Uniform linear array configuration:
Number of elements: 24
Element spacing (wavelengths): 1
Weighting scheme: blackman
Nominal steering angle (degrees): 0
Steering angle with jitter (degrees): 1.96
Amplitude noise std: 0.05
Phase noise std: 0.05

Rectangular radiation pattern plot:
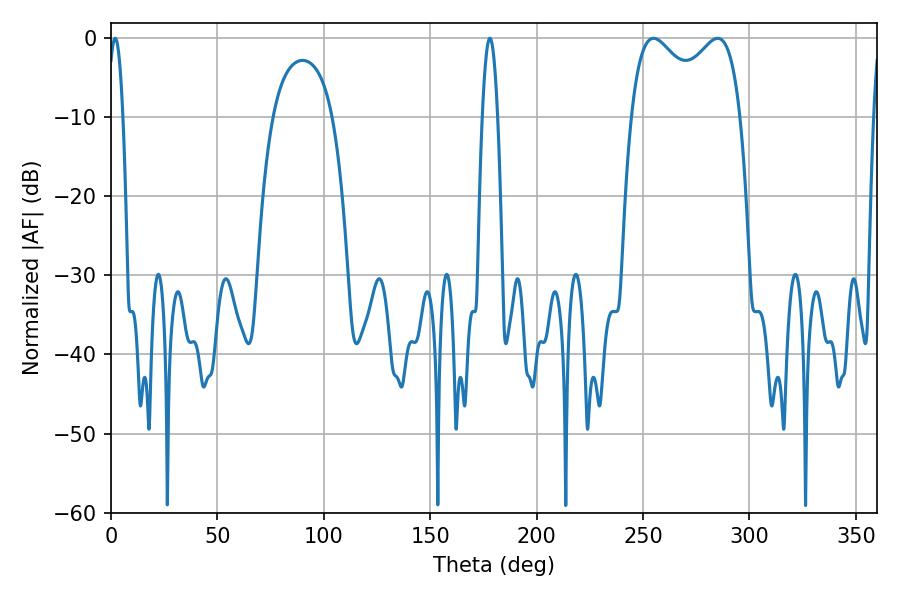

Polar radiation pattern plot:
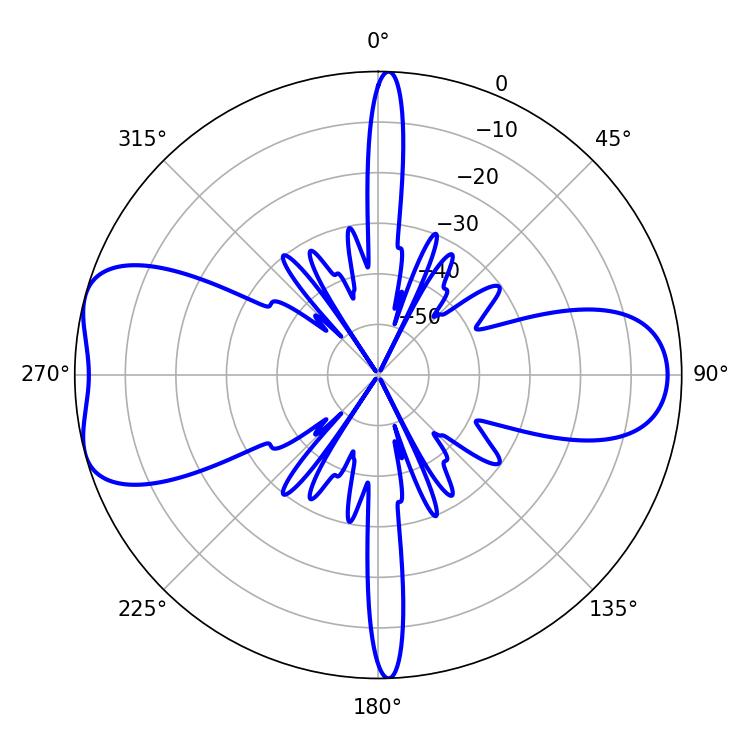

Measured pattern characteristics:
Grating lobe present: TRUE
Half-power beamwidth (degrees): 3.96
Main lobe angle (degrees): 178.02